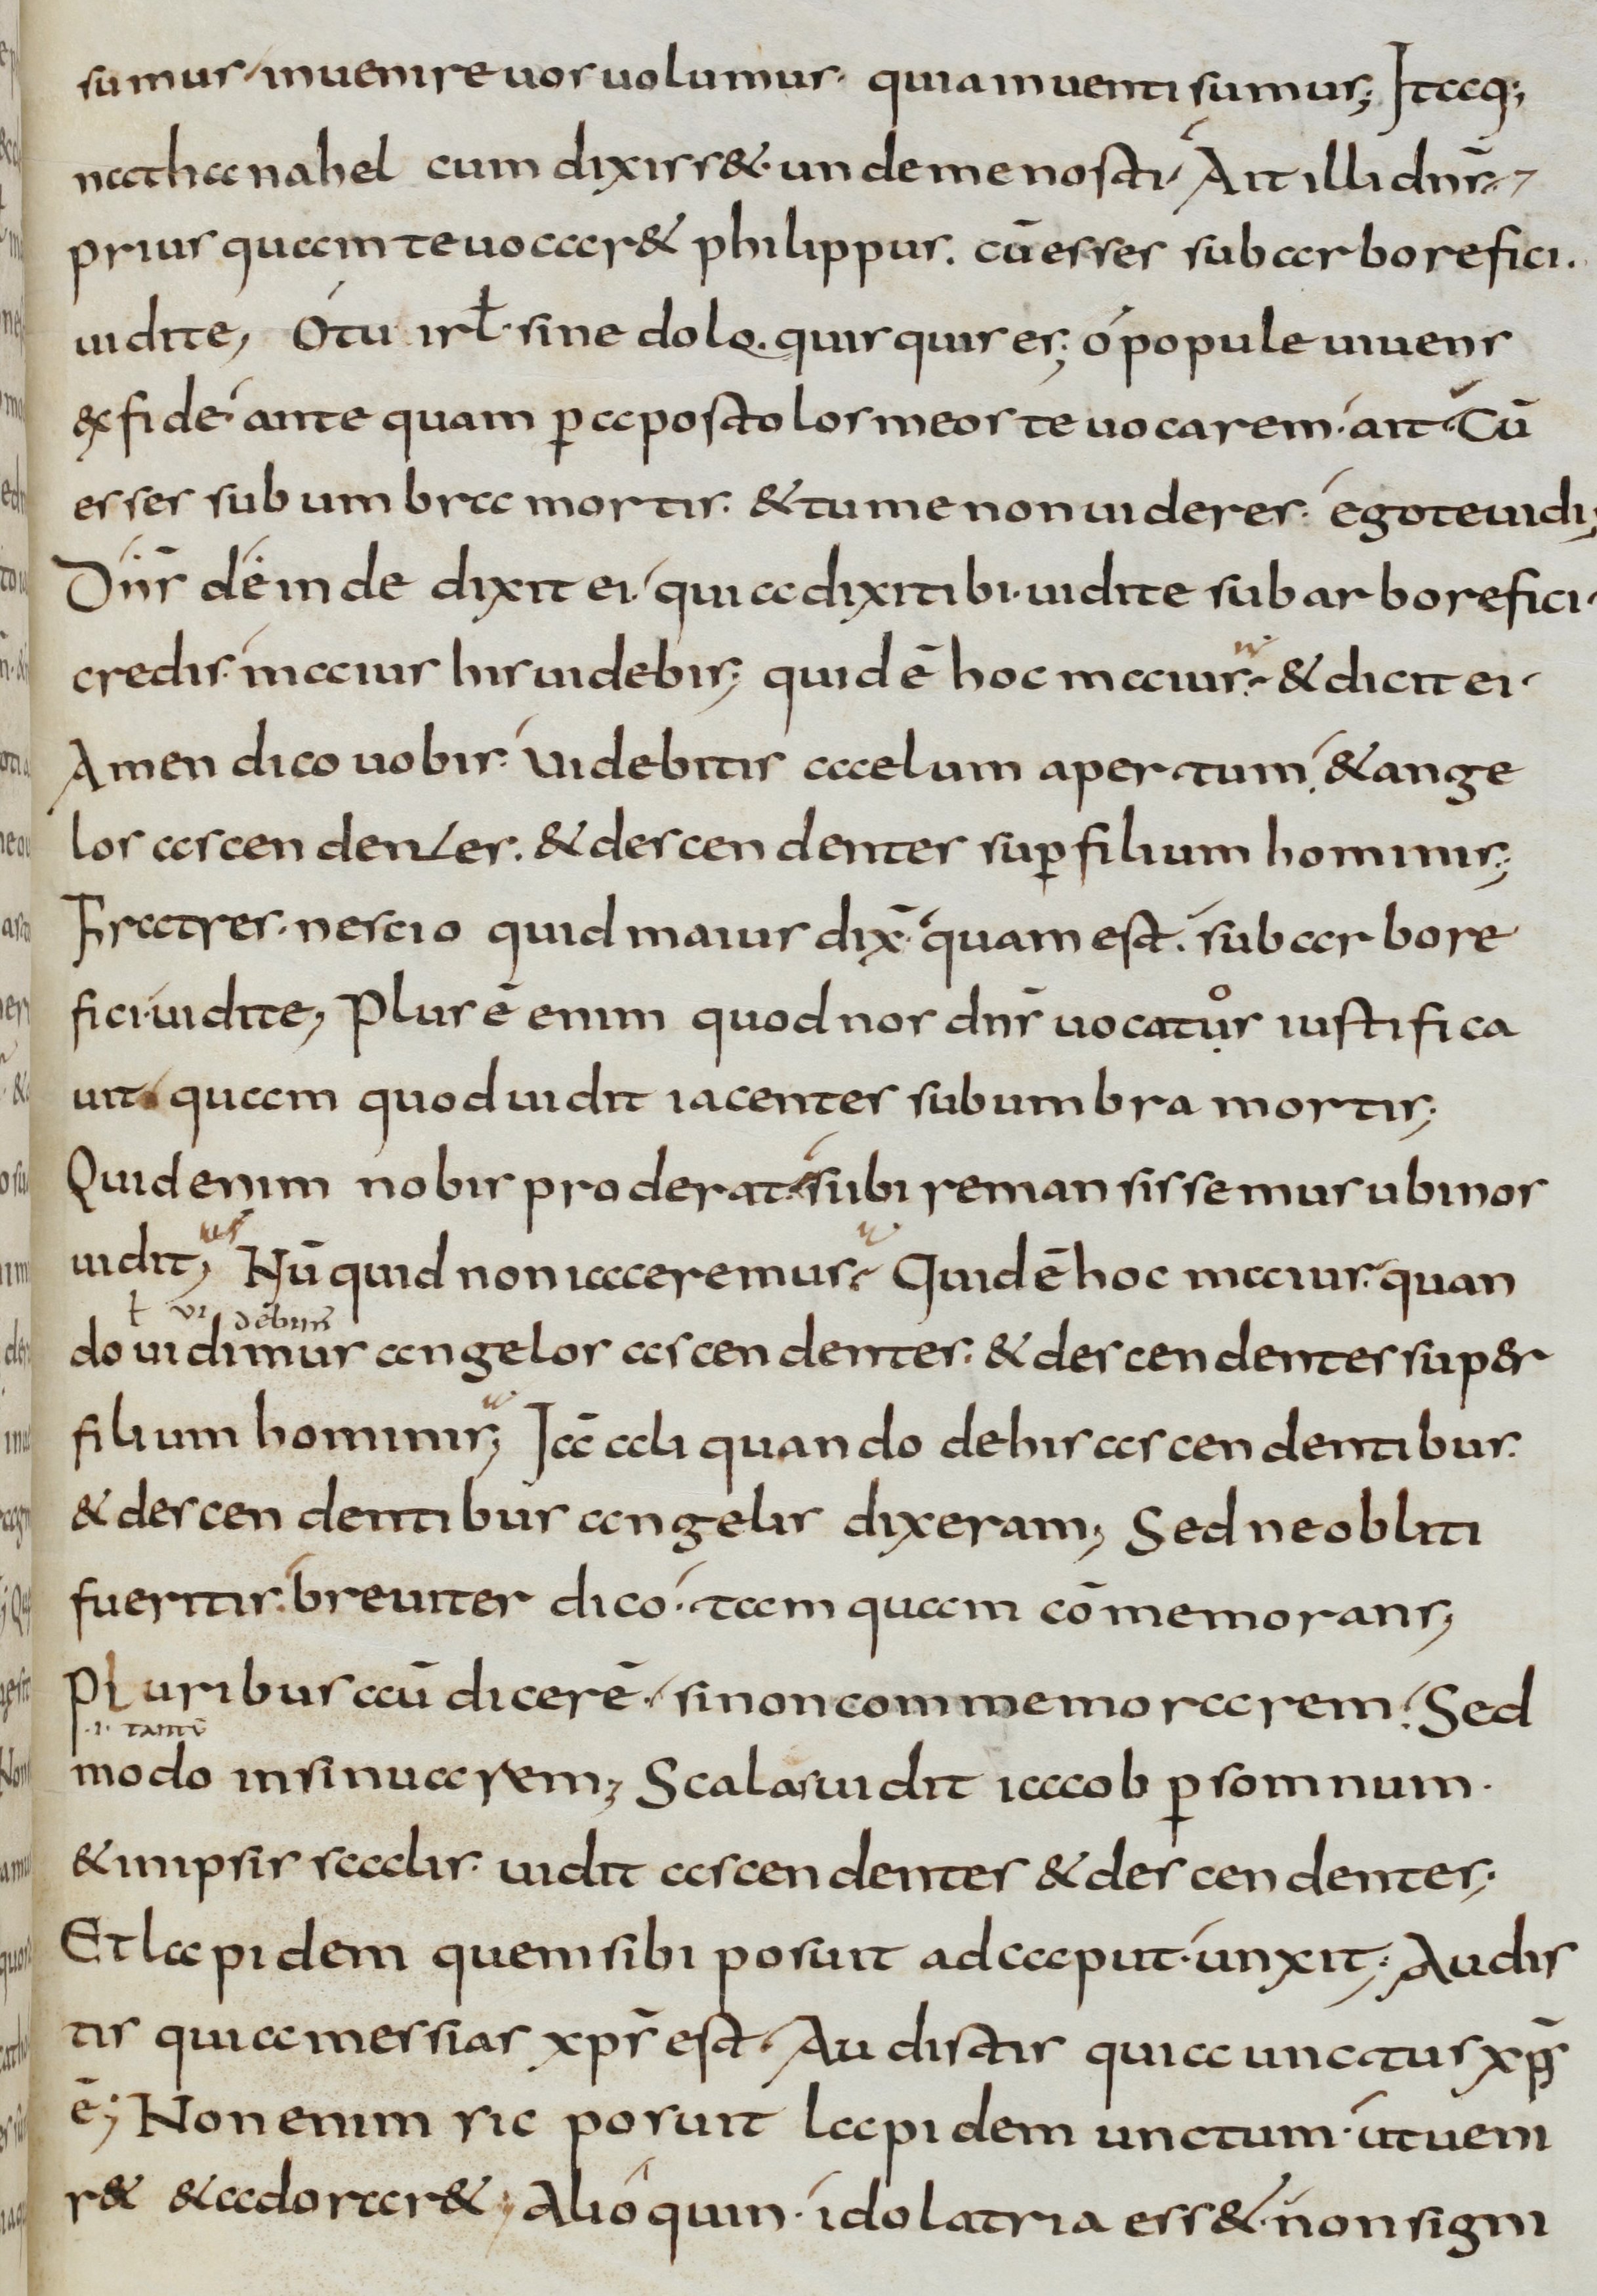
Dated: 800–899